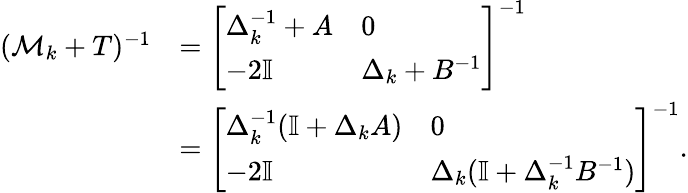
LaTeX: \begin{array}{rl}{(\mathcal M_{k}+T)^{-1}}&{=\left[\begin{array}{ll}{\Delta_{k}^{-1}+A}&{0}\\ {-2\mathbb I}&{\Delta_{k}+B^{-1}}\end{array}\right]^{-1}}\\ &{=\left[\begin{array}{ll}{\Delta_{k}^{-1}(\mathbb I+\Delta_{k}A)}&{0}\\ {-2\mathbb I}&{\Delta_{k}(\mathbb I+\Delta_{k}^{-1}B^{-1})}\end{array}\right]^{-1}.}\end{array}